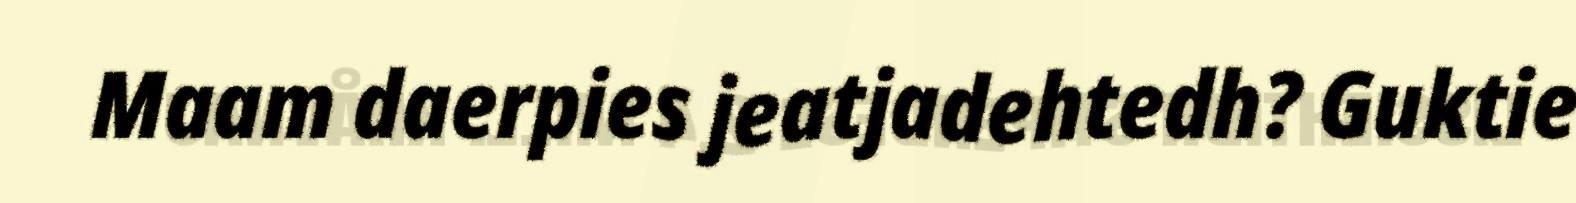
Maam daerpies jeatjadehtedh? Guktie